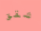
شقق